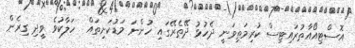
އޮސްޓިއޯއާތުރައިޓިސް ކުރިމަތިވަނީ ދެހުޅު ދޭތެރޭގައި ހުންނަ މަޑުކަށިތައް  ހަލާކުވެ ވީދި ގިރެން